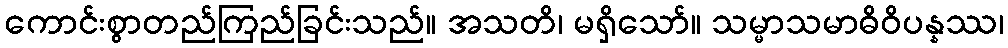
ကောင်းစွာတည်ကြည်ခြင်းသည်။ အသတိ၊ မရှိသော်။ သမ္မာသမာဓိဝိပန္နဿ၊